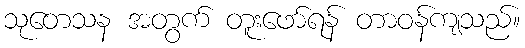
သုတေသန အတွက် တူးဖော်ရန် တာဝန်ကျသည်။